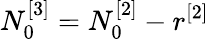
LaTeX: N_{0}^{[3]}=N_{0}^{[2]}-r^{[2]}